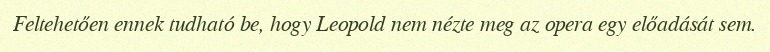
Feltehetően ennek tudható be, hogy Leopold nem nézte meg az opera egy előadását sem.